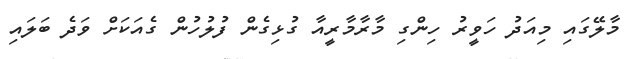
މާލޭގައި މިއަދު ހަވީރު ހިންގި މާރާމާރީއާ ގުޅިގެން ފުލުހުން ގެއަކަށް ވަދެ ބަލައި